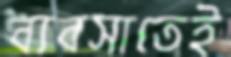
ব্যবসাতেই